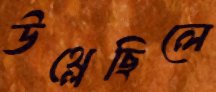
উথ্‌লেছিলে